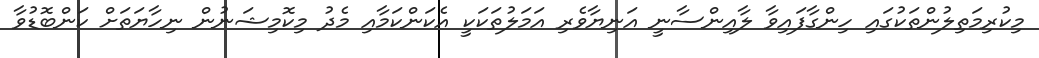
މިކުރިމަތިލުންތަކުގައި ހިންގާފައިވާ ލާއިންސާނީ އަނިޔާވެރި އަމަލުތަކަކީ އެކަންކަމާއި މެދު މިކޮމިޝަނުން ނިހާޔަތަށް ކަންބޮޑުވާ